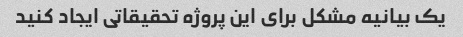
یک بیانیه مشکل برای این پروژه تحقیقاتی ایجاد کنید